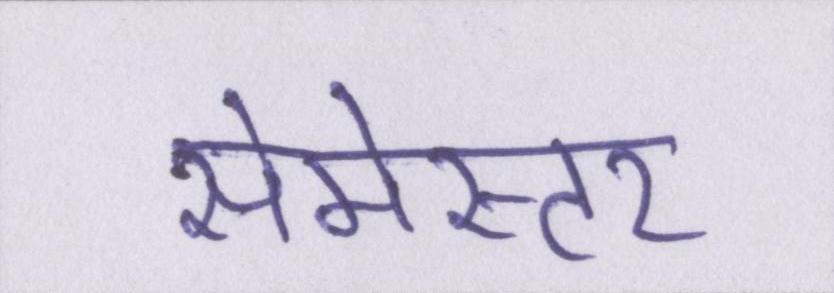
सेमेस्टर